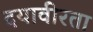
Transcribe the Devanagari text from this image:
दयावीरता